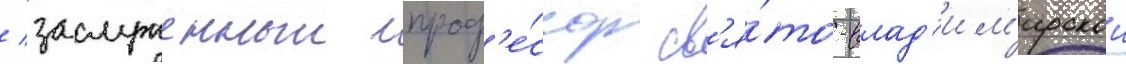
/ заслуженныи проф'е́ссор св'я́то-влад'им'ирскои